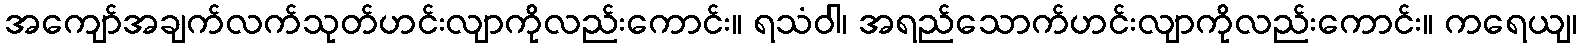
အကျော်အချက်လက်သုတ်ဟင်းလျာကိုလည်းကောင်း။ ရသံဝါ၊ အရည်သောက်ဟင်းလျာကိုလည်းကောင်း။ ကရေယျ၊